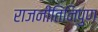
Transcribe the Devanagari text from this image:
राजनीतिनिपुण